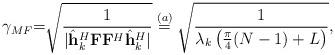
LaTeX: \begin{align*}\gamma_{MF}{=}\sqrt{\frac{1}{|\hat{\bf h}^H_k {\bf F} {\bf F}^H \hat{\bf h}^H_k|}}\overset{(a)}{=}\sqrt{\frac{1}{\lambda_k\left(\frac{\pi}{4}(N-1)+L\right)}},\end{align*}